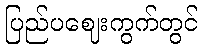
ပြည်ပဈေးကွက်တွင်